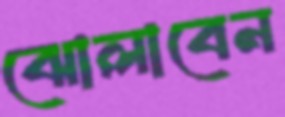
ঝোলাবেন